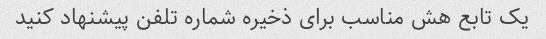
یک تابع هش مناسب برای ذخیره شماره تلفن پیشنهاد کنید